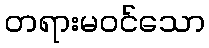
တရားမဝင်သော